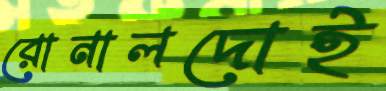
রোনালদোই